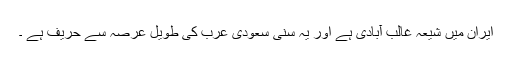
ایران میں شیعہ غالب آبادی ہے اور یہ سنی سعودی عرب کی طویل عرصہ سے حریف ہے ۔